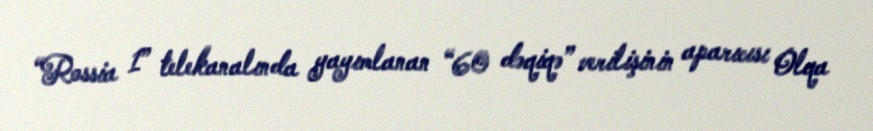
“Rossia 1” telekanalında yayımlanan “60 dəqiqə” verilişinin aparıcısı Olqa